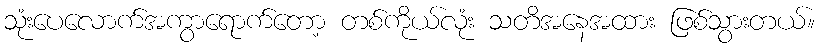
သုံးပေလောက်အကွာရောက်တော့ တစ်ကိုယ်လုံး သတိအနေအထား ဖြစ်သွားတယ်။